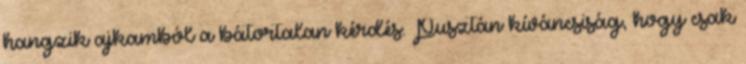
hangzik ajkamból a bátortalan kérdés. Pusztán kíváncsiság, hogy csak